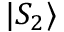
| S _ { 2 } \rangle